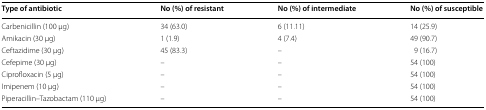
<table><thead><tr><td><b>Type of antibiotic</b></td><td><b>No (%) of resistant</b></td><td><b>No (%) of intermediate</b></td><td><b>No (%) of susceptible</b></td></tr></thead><tbody><tr><td>Carbenicillin (100 μg)</td><td>34 (63.0)</td><td>6 (11.11)</td><td>14 (25.9)</td></tr><tr><td>Amikacin (30 μg)</td><td>1 (1.9)</td><td>4 (7.4)</td><td>49 (90.7)</td></tr><tr><td>Ceftazidime (30 μg)</td><td>45 (83.3)</td><td>–</td><td>9 (16.7)</td></tr><tr><td>Cefepime (30 μg)</td><td>–</td><td>–</td><td>54 (100)</td></tr><tr><td>Ciprofloxacin (5 μg)</td><td>–</td><td>–</td><td>54 (100)</td></tr><tr><td>Imipenem (10 μg)</td><td>–</td><td>–</td><td>54 (100)</td></tr><tr><td>Piperacillin–Tazobactam (110 μg)</td><td>–</td><td>–</td><td>54 (100)</td></tr></tbody></table>